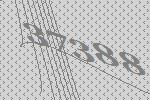
37388